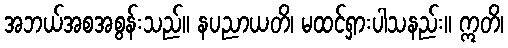
အဘယ်အစအစွန်းသည်။ နပညာယတိ၊ မထင်ရှားပါသနည်း။ ဣတိ၊